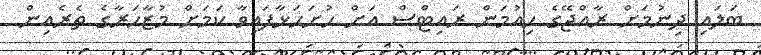
ބަލައި ދިނުމަށް ރާއްޖޭގެ ހިއުމަން ރައިޓްސް އަށް ހުށަހަޅާފައިވާ ކަމަށް މުޒާހަރާގެ ތެރެއިން